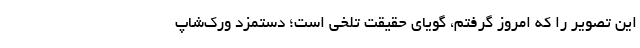
این تصویر را که امروز گرفتم، گویای حقیقت تلخی است؛ دستمزد ورک‌شاپ